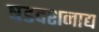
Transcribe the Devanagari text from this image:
षडदशनाद्य